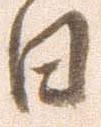
日